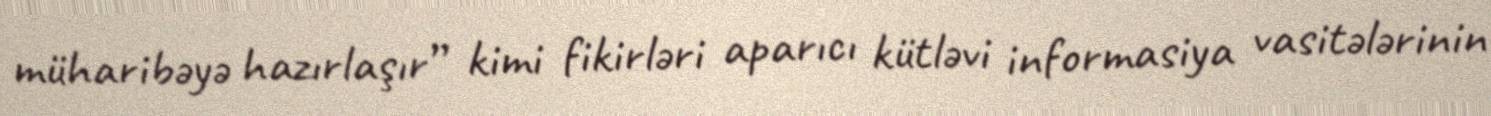
müharibəyə hazırlaşır” kimi fikirləri aparıcı kütləvi informasiya vasitələrinin